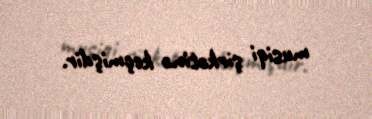
musiqi şirkətinə keçmişdir.